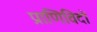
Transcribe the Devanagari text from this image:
प्राणिविदों